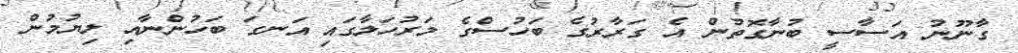
ގާނޫނު އަސާސީ ބުނާގޮތުން އެ ގަރާރުގެ ބަހުސްގެ މަރުހަލާގައި އަނގަ ބަހުންނާއި ލިޔުމުން